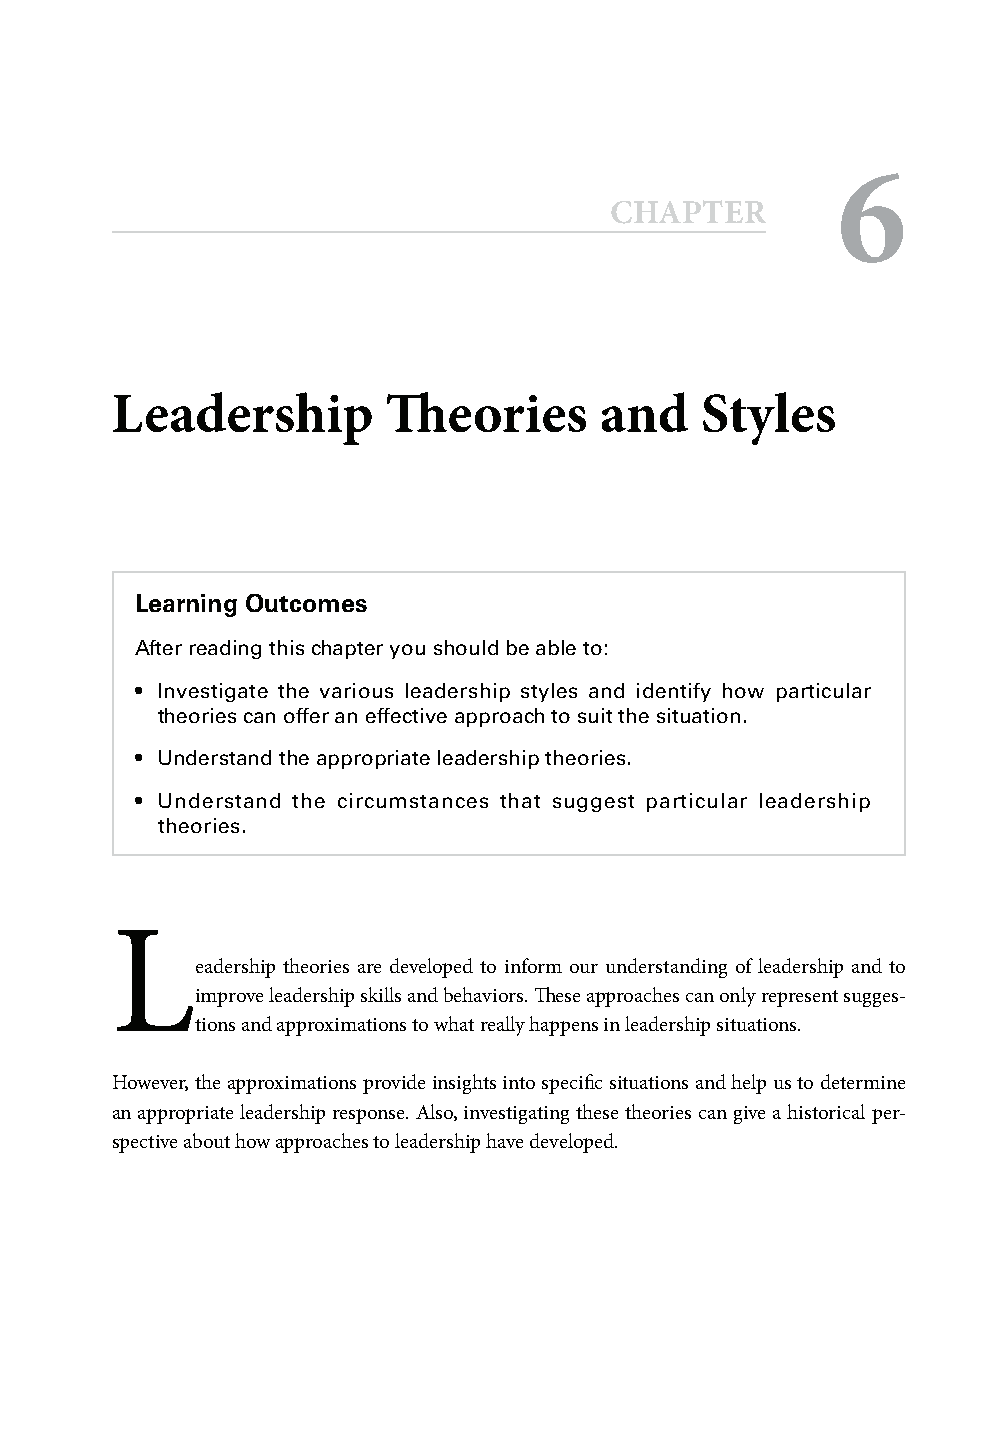
6
 CCHHAAPPTTEERR
 Leadership         Th  eories    and   Styles
 Learning Outcomes
 After reading this chapter you should be able to:
 • Investigate the various leadership styles and identify how particular
 theories can offer an effective approach to suit the situation.
 • Understand the appropriate leadership theories.
 • Understand the circumstances that suggest particular leadership
 theories.
 L
 eadership theories are developed to inform our understanding of leadership and to
 improve leadership skills and behaviors. Th ese approaches can only represent sugges-
 tions and approximations to what really happens in leadership situations.
 However, the approximations provide insights into specifi c situations and help us to determine
 an appropriate leadership response. Also, investigating these theories can give a historical per-
 spective about how approaches to leadership have developed.